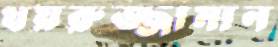
খয়রুজ্জামান